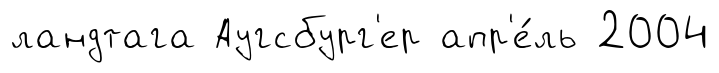
ландтага Аугсбург'ер апр'е́ль 2004